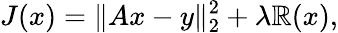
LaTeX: J(x)=\| Ax-y\| _{2}^{2}+\lambda\mathbb{R}(x),